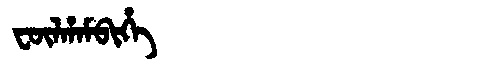
Manchu: ᡶᡡᠯᡥᠠᠮᠪᡳᡥᡝ
Romanization: FŪLHAMBIHE